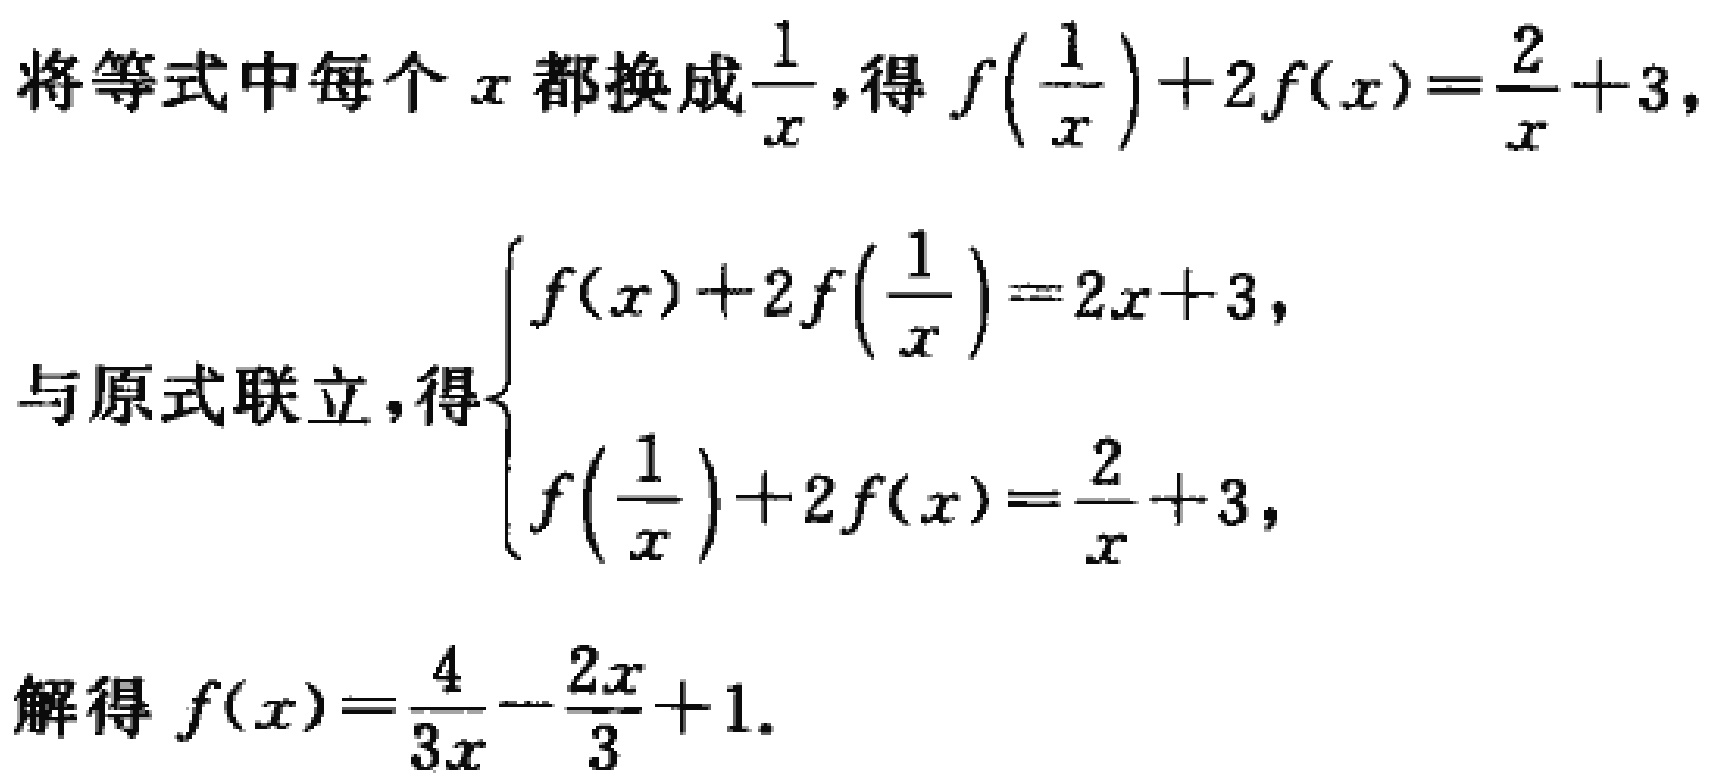
将等式中每个\(x\)都换成\(\frac{1}{x}\)，得\(f\left(\frac{1}{x}\right)+2f(x)=\frac{2}{x}+3\)，
与原式联立，得\(\begin{cases}f(x)+2f\left(\frac{1}{x}\right)=2x + 3,\\f\left(\frac{1}{x}\right)+2f(x)=\frac{2}{x}+3,\end{cases}\)
解得\(f(x)=\frac{4}{3x}-\frac{2x}{3}+1\)。